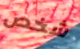
شخص